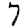
Digit: 7